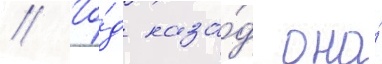
// Го́д наза́д она́